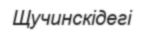
Щучинскідегі